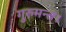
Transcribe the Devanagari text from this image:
गुरुमन्त्र।